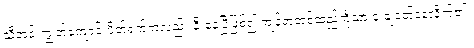
သီတင်းကျွတ်ကျောင်းပိတ်ရက်ကလည်း နီးနေပြီဖြစ်၍ ကျန်တဲ့တစ်ထည်ကိုသာ ဒုံးချဝတ်နေလိုက်၏။